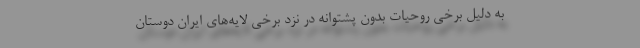
به دلیل برخی روحیات بدون پشتوانه در نزد برخی لایه‌های ایران دوستان